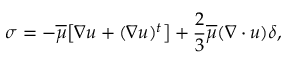
\boldsymbol { \sigma } = - \overline { { \mu } } \big [ \boldsymbol { \nabla u } + ( \boldsymbol { \nabla u } ) ^ { t } \big ] + \frac { 2 } { 3 } \overline { { \mu } } ( \boldsymbol { \nabla \cdot u } ) \boldsymbol { \delta } ,